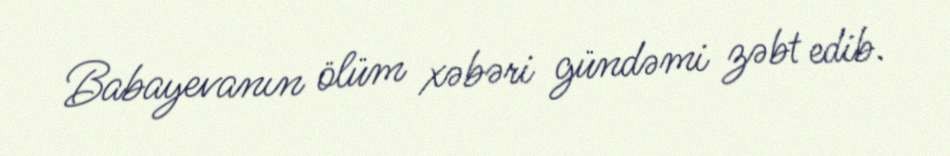
Babayevanın ölüm xəbəri gündəmi zəbt edib.